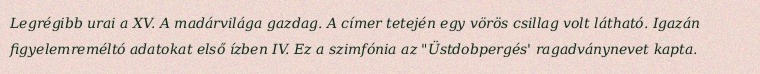
Legrégibb urai a XV. A madárvilága gazdag. A címer tetején egy vörös csillag volt látható. Igazán figyelemreméltó adatokat első ízben IV. Ez a szimfónia az "Üstdobpergés' ragadványnevet kapta.